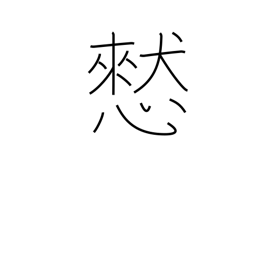
Meaning: thoughtlessly